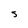
Character: S